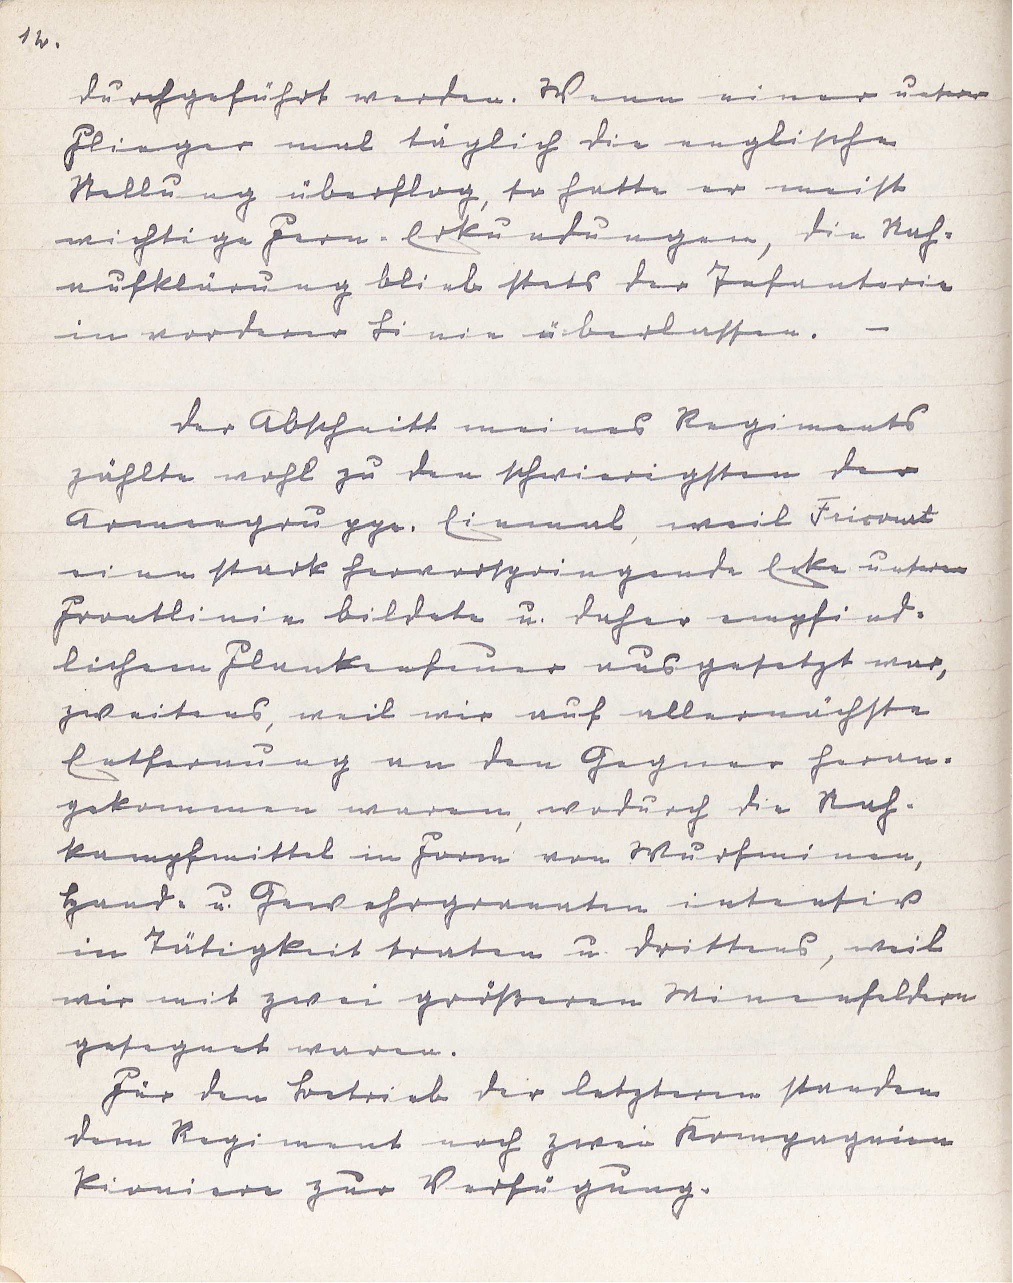
12.

durchgeführt werden. Wenn einer unserer
Flieger mal täglich die englische
Stellung überflog, so hatte er meist
wichtige Fern-Erkundungen, die Nah¬
aufklärung blieb stets der Infanterie
in vorderer Linie überlassen. -
Der Abschnitt meines Regiments
zählte wohl zu den schwierigsten der
Armeegruppe. Einmal, weil Fricourt
eine stark hervorspringende Ecke unserer
Frontlinie bildete u. daher empfind¬
lichem Flankenfeuer ausgesetzt war,
zweitens, weil wir auf allernächste
Entfernung an den Gegnder heran¬
gekommen waren, wodurch die Nah¬
kampfmittel in Form von Wurfminen,
Hand- u. Gewehrgranaten intensiv
in Tätigkeit traten u. drittens, weil
wir mit zwei größeren Minenfeldern
gesegnet waren.
Für den Betrieb der letzteren standen
dem Regiment noch zwei Kompagnien
Pioniere zur Verfügung.